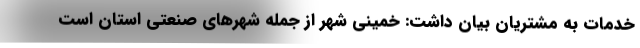
خدمات به مشتریان بیان داشت: خمینی شهر از جمله شهرهای صنعتی استان است